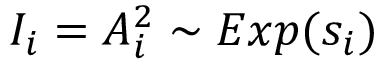
I _ { i } = A _ { i } ^ { 2 } \sim E x p ( s _ { i } )